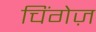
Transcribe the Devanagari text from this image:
चिंगेज़